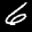
Label: 6